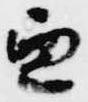
兼